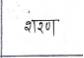
मजकूर: शरण